Supplement to the account of plague administration in the Bombay Presidency from September 1896 till May 1897
Year: 1896
Disease focus: Plague
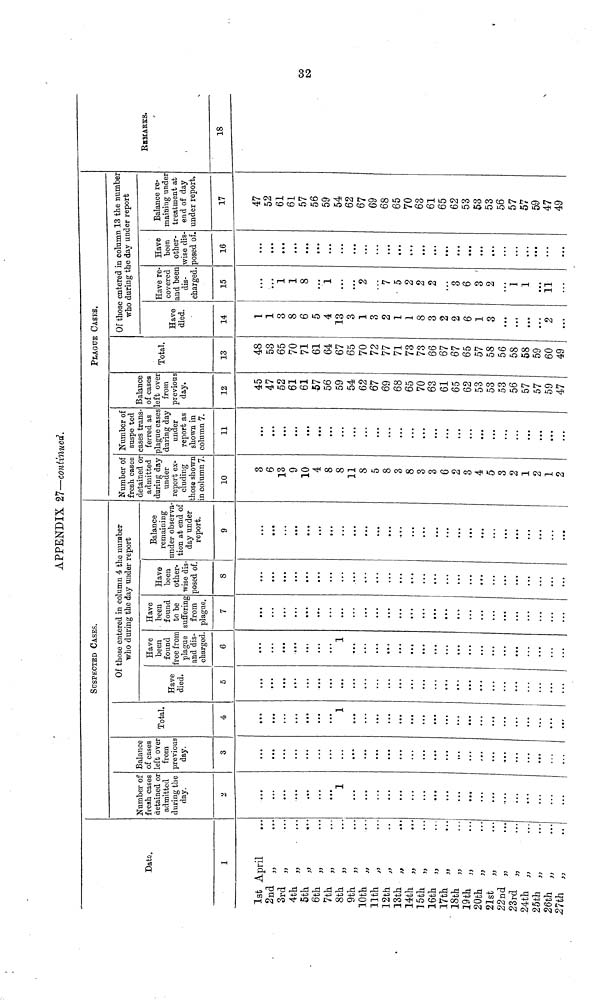
APPENDIX 27—continued.
Date.
1
1st April
2nd ,,
3rd ,,
4th ,,
5th ,,
6th ,,
7th ,,
8th ,,
9th ,,
10th ,,
11th ,,
12th ,,
13th ,,
14th ,,
15th ,,
16th „
17th ,,
18th „
19th „
20th „
21st „
22nd „
23rd „
24th „
25th „
26th „
27th „
• • •
• • •
• • •
• • •
• • •
• • •
• • •
• • •
• • •
• • •
• • •
• •
• • •
• • •
• • •
• • •
• • •
• • •
• • •
• • •
• • •
• • •
• • •
• • •
• • •
• • •
• • •
SUSPECTED CASES.
Number of
fresh cases
detained or
admitted
during the
day.
2
• • •
• • •
• • •
• • •
• • •
• • •
• • •
1
• • •
• • •
• • •
• • •
• • •
• • •
• • •
• • •
• • •
• • •
• • •
• • •
• • •
• • •
• • •
• • •
• • •
• • •
• • •
Balance
of cases
left over
from
previous
day.
3
• • •
• • •
• • •
• • •
• • •
• • •
• • •
• • •
• • •
• • •
• • •
• • •
• • •
• • •
• • •
• • •
• • •
• • •
• • •
• • •
• • •
• • •
• • •
• • •
• • •
• • •
• • •
Total.
4
• • •
• • •
• • •
• • •
• • •
• • •
• • •
1
• • •
• • •
• • •
• • •
• • •
• • •
• • •
• • •
• • •
• • •
• • •
• • •
• • •
• • •
• • •
• • •
• • •
• • •
• • •
Of those entered in column 4 the number
who during the day under report
Have
died.
5
• • •
• • •
• • •
• • •
• • •
• • •
• • •
• • •
• • •
• • •
• • •
• • •
• • •
• • •
• • •
• • •
• • •
• • •
• • •
• • •
• • •
• • •
• • •
• • •
• • •
• • •
• • •
Have
been
found
free from
plague
and dis-
charged.
6
• • •
• • •
• • •
• • •
• • •
• • •
• • •
1
• • •
• • •
• • •
• • •
• • •
• • •
• • •
• • •
• • •
• • •
• • •
• • •
• • •
• • •
• • •
• • •
• • •
• • •
• • •
Have
been
found
to be
suffering
from
plague.
7
• • •
• • •
• • •
• • •
• • •
• • •
• • •
• • •
• • •
• • •
• • •
• • •
• • •
• • •
• • •
• • •
• • •
• • •
• • •
• • •
• • •
• • •
• • •
• • •
• • •
• • •
• • •
Have
been
other-
wise dis-
posed of.
8
• • •
• • •
• • •
• • •
• • •
• • •
• • •
• • •
• • •
• • •
• • •
• • •
• • •
• • •
• • •
• • •
• • •
• • •
• • •
• • •
• • •
• • •
• • •
• • •
• • •
• • •
• • •
Balance
remaining
under observa-
tion at end of
day under
report.
9
• • •
• • •
• • •
• • •
• • •
• • •
• • •
• • •
• • •
• • •
• • •
• • •
• • •
• • •
• • •
• • •
• • •
• • •
• • •
• • •
• • •
• • •
• • •
• • •
• • •
• • •
• • •
PLAGUE CASES.
Number o
fresh cases
detained or
admitted
during day
under
report ex-
cluding
those shown
in column 7.
10
3
6
13
9
10
4
8
8
11
8
5
8
3
8
3
3
6
2
3
4
5
3
2
1
2
1
2
Number of
suspe ted
cases trans-
ferred as
plague cases
during day
under
report as
shown in
column 7.
11
• • •
• • •
• • •
• • •
• • •
• • •
• • •
• • •
• • •
• • •
• • •
• • •
• • •
• • •
• • •
• • •
• • •
• • •
• • •
• • •
• • •
• • •
• • •
• • •
• • •
• • •
• • •
Balance
of cases
left over
from
previous
day.
12
45
47
52
61
61
57
56
59
54
62
67
69
68
65
70
63
61
65
62
53
53
53
56
57
57
59
47
Total.
13
48
53
65
70
71
61
64
67
65
70
72
77
71
73
73
66
67
67
65
57
58
56
58
58
59
60
49
Of those entered in column 13 the number
who during the day under report
Have
died.
14
1
1
3
8
6
5
4
13
3
1
3
2
1
1
8
3
2
2
6
1
3
• • •
• • •
• • •
• • •
2
• • •
Have re-
covered
and been
dis-
charged.
15
• • •
• • •
1
1
8
• • •
1
• • •
• • •
2
• • •
7
5
2
2
2
• • •
3
6
3 '
2
• • •
1
1
• • •
11
• • •
Have
been
other-
wise dis-
posed of.
16
• • •
• • •
• • •
• • •
• • •
• • •
• • •
• • •
• • •
• • •
• • •
• • •
• • •
• • •
• • •
• • •
• • •
• • •
• • •
• • •
• • •
• • •
• • •
• • •
• • •
• • •
• • •
Balance re-
maining under
treatment at
end of day
under report.
17
47
52
61
61
57
56
59
54
62
67
69
68
65
70
63
61
65
62
53
53
53
56
57
57
59
47
49
REMARKS.
18
32